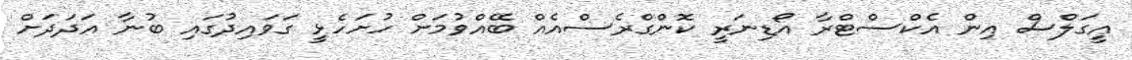
އީގަލްސް އިން އެކްސްޓްރާ އޯޑިނަރީ ކޮންގްރެސްއެއް ބޭއްވުމަށް ހުށަހެޅީ ގަވައިދުގައި ބުނާ އަދަދަށް